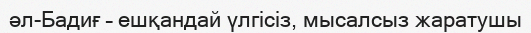
әл-Бадиғ – ешқандай үлгісіз, мысалсыз жаратушы